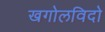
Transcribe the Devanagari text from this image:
खगोलविदो